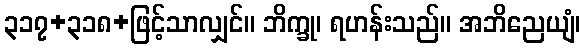
၃၁၇+၃၁၈+ဖြင့်သာလျှင်။ ဘိက္ခု၊ ရဟန်းသည်။ အဘိညေယျံ၊